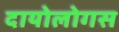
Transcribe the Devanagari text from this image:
दायोलोगस